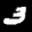
Label: 3